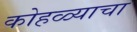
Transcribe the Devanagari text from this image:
कोहळ्याचा